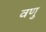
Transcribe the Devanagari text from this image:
वणु